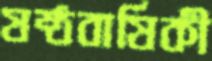
ষষ্ঠবার্ষিকী